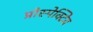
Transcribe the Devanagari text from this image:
प्रोस्पेक्टिव